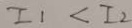
I _ { 1 } < I _ { 2 }